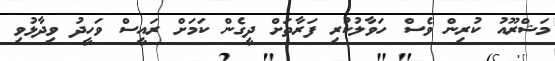
މަޝްރޫއު ކުރިން ވެސް ހަވާލުކުރި ފަރާތަށް ދީގެން ކަމަށް ރައީސް ވަހީދު ވިދާޅުވި